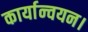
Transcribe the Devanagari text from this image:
कार्यान्‍वयन।